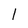
Character: l